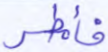
فأمطر